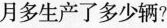
月多生产了多少辆?